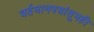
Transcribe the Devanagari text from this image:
वर्तमानपत्रांतूनही